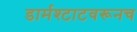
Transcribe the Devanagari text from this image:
डार्मश्टाटवरूनच